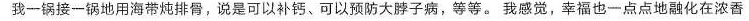
我一锅接一锅地用海带炖排骨，说是可以补钙、可以预防大脖子病，等等。我感觉，幸福也一点点地融化在浓香